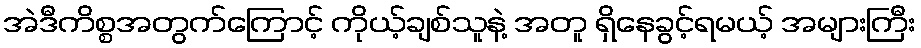
အဲဒီကိစ္စအတွက်ကြောင့် ကိုယ့်ချစ်သူနဲ့ အတူ ရှိနေခွင့်ရမယ့် အများကြီး